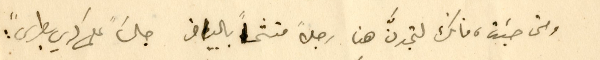
ومتى حبَبت، فانك لتجدنَّ هنا رجلاً متشحاً بالبياض جالسَا "على كرسي بطرس" :